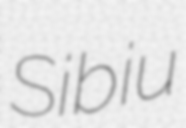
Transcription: Sibiu